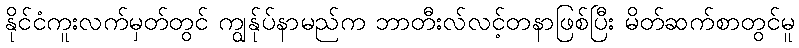
နိုင်ငံကူးလက်မှတ်တွင် ကျွန်ုပ်နာမည်က ဘာတီးလ်လင့်တနာဖြစ်ပြီး မိတ်ဆက်စာတွင်မူ